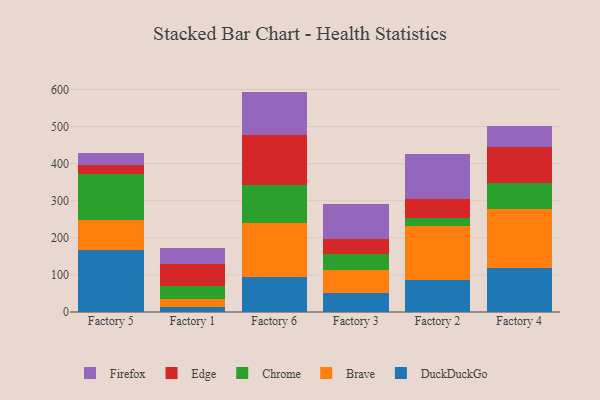
{"axis": {"x": "Factory", "y": "Budget (USD K)"}, "legend": ["Brave", "Chrome", "DuckDuckGo", "Edge", "Firefox"], "data": [{"x": "Factory 5", "y": 167.0, "type": "DuckDuckGo"}, {"x": "Factory 5", "y": 80.6, "type": "Brave"}, {"x": "Factory 5", "y": 124.9, "type": "Chrome"}, {"x": "Factory 5", "y": 24.8, "type": "Edge"}, {"x": "Factory 5", "y": 32.7, "type": "Firefox"}, {"x": "Factory 1", "y": 14.5, "type": "DuckDuckGo"}, {"x": "Factory 1", "y": 21.0, "type": "Brave"}, {"x": "Factory 1", "y": 33.7, "type": "Chrome"}, {"x": "Factory 1", "y": 60.7, "type": "Edge"}, {"x": "Factory 1", "y": 42.1, "type": "Firefox"}, {"x": "Factory 6", "y": 95.6, "type": "DuckDuckGo"}, {"x": "Factory 6", "y": 143.6, "type": "Brave"}, {"x": "Factory 6", "y": 102.0, "type": "Chrome"}, {"x": "Factory 6", "y": 136.6, "type": "Edge"}, {"x": "Factory 6", "y": 116.4, "type": "Firefox"}, {"x": "Factory 3", "y": 52.0, "type": "DuckDuckGo"}, {"x": "Factory 3", "y": 62.1, "type": "Brave"}, {"x": "Factory 3", "y": 43.2, "type": "Chrome"}, {"x": "Factory 3", "y": 40.6, "type": "Edge"}, {"x": "Factory 3", "y": 93.5, "type": "Firefox"}, {"x": "Factory 2", "y": 85.5, "type": "DuckDuckGo"}, {"x": "Factory 2", "y": 146.4, "type": "Brave"}, {"x": "Factory 2", "y": 22.5, "type": "Chrome"}, {"x": "Factory 2", "y": 50.3, "type": "Edge"}, {"x": "Factory 2", "y": 122.6, "type": "Firefox"}, {"x": "Factory 4", "y": 118.6, "type": "DuckDuckGo"}, {"x": "Factory 4", "y": 159.2, "type": "Brave"}, {"x": "Factory 4", "y": 69.2, "type": "Chrome"}, {"x": "Factory 4", "y": 98.7, "type": "Edge"}, {"x": "Factory 4", "y": 55.3, "type": "Firefox"}]}